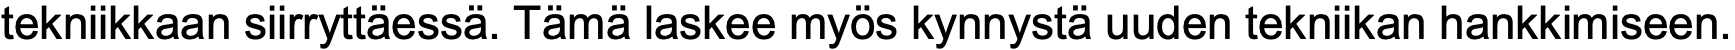
tekniikkaan siirryttäessä. Tämä laskee myös kynnystä uuden tekniikan hankkimiseen.